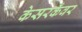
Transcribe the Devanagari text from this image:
केसरकँवर